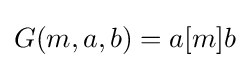
G(m,a,b)=a[m]b